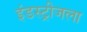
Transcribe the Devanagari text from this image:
इंडस्ट्रीजला